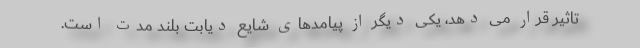
تاثیر قرار می دهد، یکی دیگر از پیامدهای شایع دیابت بلند مدت است.